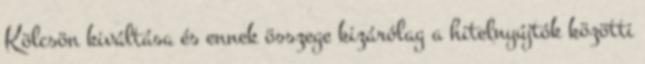
Kölcsön kiváltása és ennek összege kizárólag a hitelnyújtók közötti